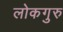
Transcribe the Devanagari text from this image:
लोकगुरु